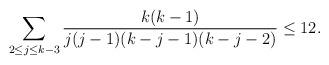
LaTeX: \begin{align*} \sum_{2\le j\le k-3}\frac{k(k-1)}{j(j-1)(k-j-1)(k-j-2)}\le 12.\end{align*}